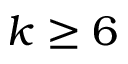
k \geq 6